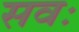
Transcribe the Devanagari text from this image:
सवः